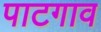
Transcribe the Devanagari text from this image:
पाटगाव